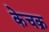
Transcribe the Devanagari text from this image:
केचक्र